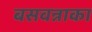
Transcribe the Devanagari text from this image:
बसवन्नाका